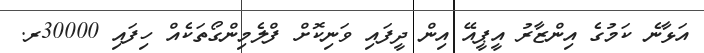
އަޅާނެ ކަމުގެ އިންޒާރު އީޕީއޭ އިން ދީފައި ވަނިކޮށް ފްލެމިންގޯތަކެއް ހިފައި 30000ރ.